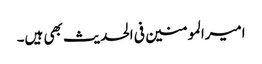
امیرالمومنین فی الحدیث بھی ہیں۔